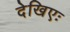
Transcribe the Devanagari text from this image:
देखिएः